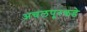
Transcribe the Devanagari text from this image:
अचलपूरकडे